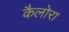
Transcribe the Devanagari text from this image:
कैलोरा